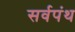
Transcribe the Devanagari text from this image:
सर्वपंथ